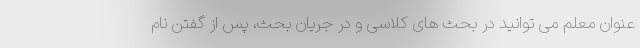
عنوان معلم می توانید در بحث های کلاسی و در جریان بحث، پس از گفتن نام